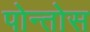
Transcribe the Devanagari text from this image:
पोन्तोस